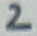
Text: 2